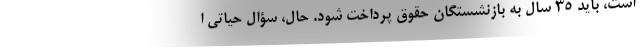
است، باید ۳۵ سال به بازنشستگان حقوق پرداخت شود. حال، سؤال حیاتی ا